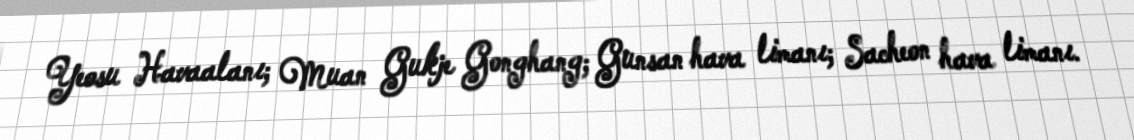
Yeosu Havaalanı; Muan Gukje Gonghang; Gunsan hava limanı; Sacheon hava limanı.